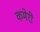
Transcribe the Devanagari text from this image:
कमेरी